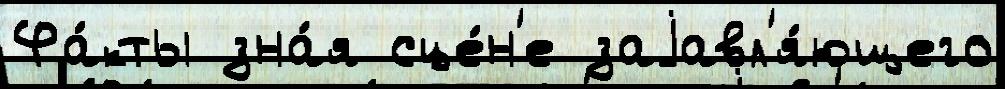
Фа́кты зна́я сце́н'е заjавл'я́ющего